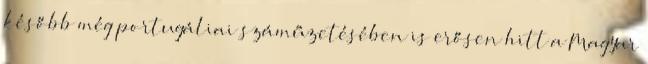
később még portugáliai száműzetésében is erősen hitt a Magyar